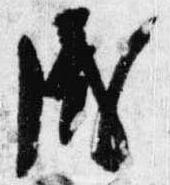
盛